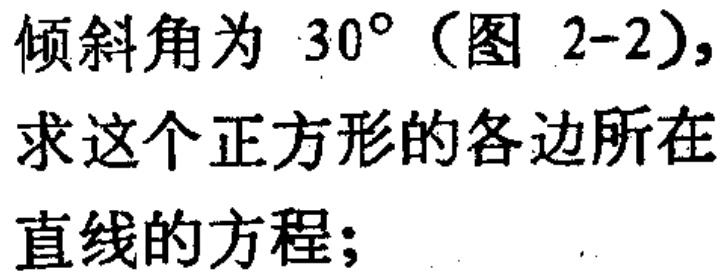
倾斜角为 \(30^{\circ}\)（图 2-2），求这个正方形的各边所在直线的方程；